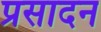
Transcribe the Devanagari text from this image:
प्रसादन